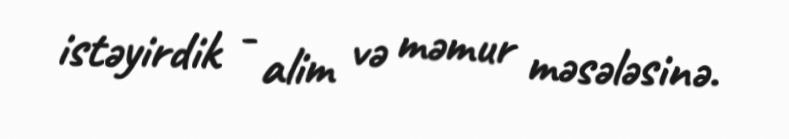
istəyirdik - alim və məmur məsələsinə.